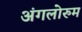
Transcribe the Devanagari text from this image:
अंगलोरुम